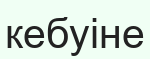
кебуіне